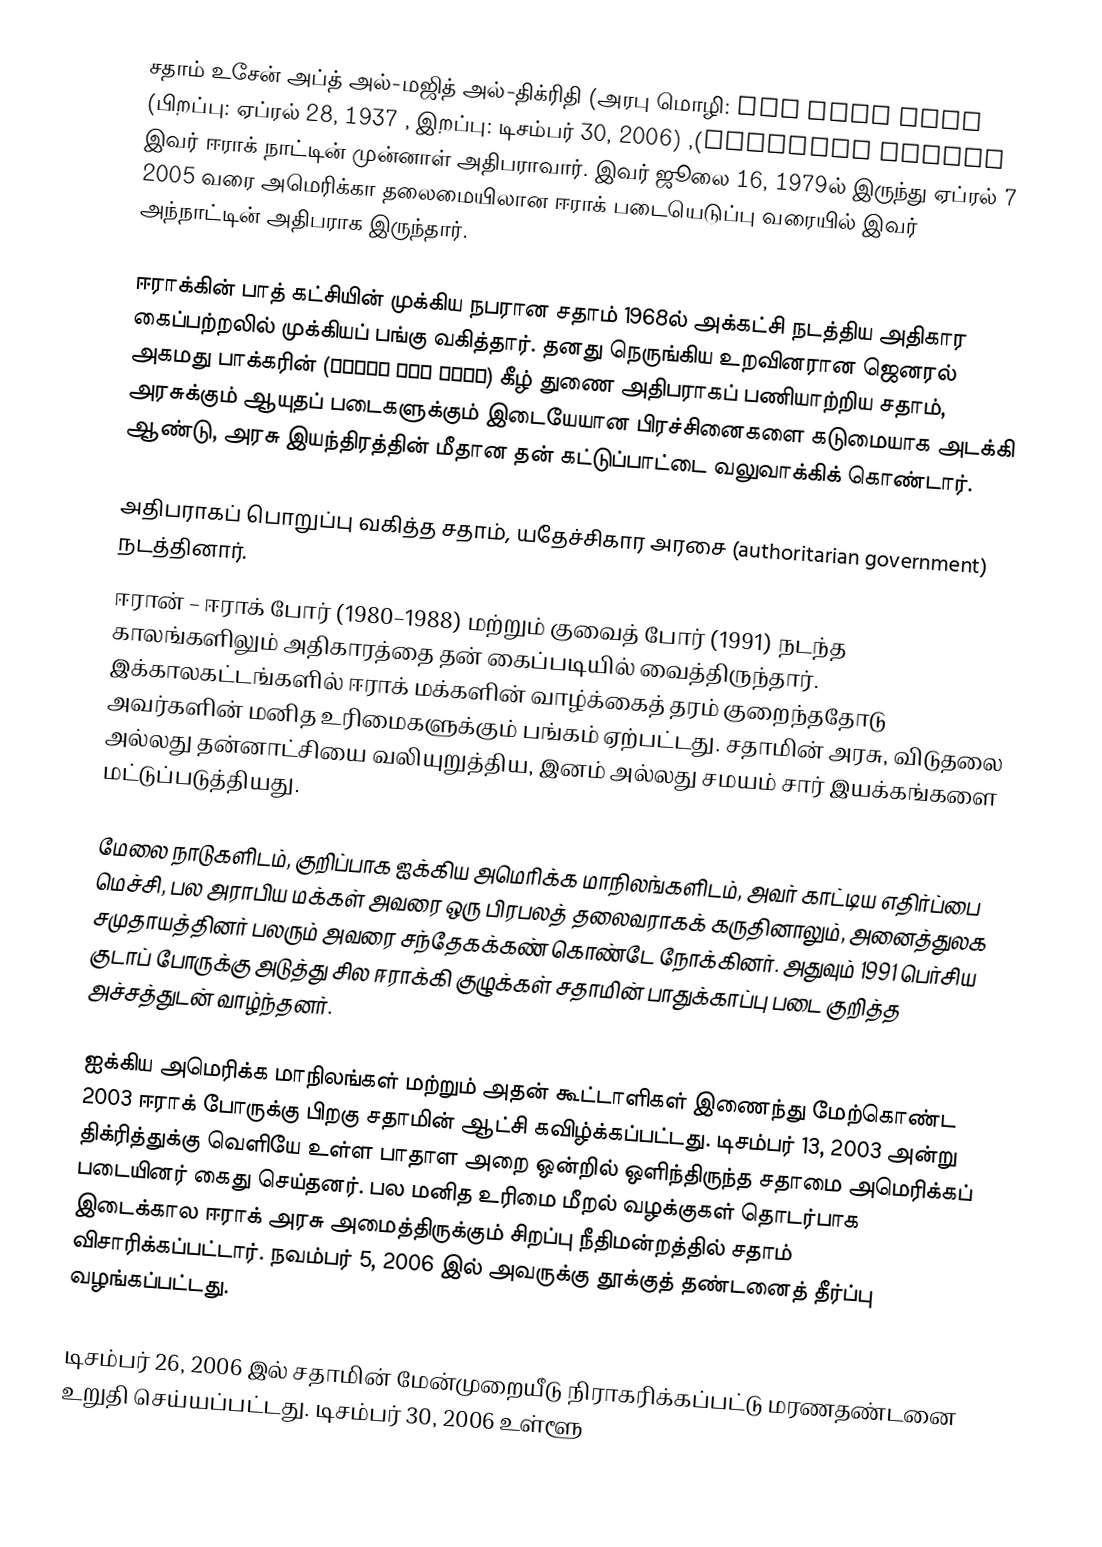
சதாம் உசேன் அப்த் அல்-மஜித் அல்-திக்ரிதி (அரபு மொழி: صدام حسين عبد المجيد التكريتي), (பிறப்பு: ஏப்ரல் 28, 1937 , இறப்பு: டிசம்பர் 30, 2006) இவர் ஈராக் நாட்டின் முன்னாள் அதிபராவார். இவர் ஜூலை 16, 1979ல் இருந்து ஏப்ரல் 7 2005 வரை அமெரிக்கா தலைமையிலான ஈராக் படையெடுப்பு வரையில் இவர் அந்நாட்டின் அதிபராக இருந்தார்.

ஈராக்கின் பாத் கட்சியின் முக்கிய நபரான சதாம்  1968ல் அக்கட்சி நடத்திய அதிகார கைப்பற்றலில் முக்கியப் பங்கு வகித்தார். தனது நெருங்கிய உறவினரான ஜெனரல் அகமது பாக்கரின் (أحمد حسن البكر) கீழ் துணை அதிபராகப் பணியாற்றிய சதாம், அரசுக்கும் ஆயுதப் படைகளுக்கும் இடையேயான பிரச்சினைகளை கடுமையாக அடக்கி ஆண்டு, அரசு இயந்திரத்தின் மீதான தன் கட்டுப்பாட்டை வலுவாக்கிக் கொண்டார்.

அதிபராகப் பொறுப்பு வகித்த சதாம், யதேச்சிகார அரசை (authoritarian government) நடத்தினார்.
ஈரான் – ஈராக் போர்  (1980–1988) மற்றும் குவைத் போர் (1991) நடந்த காலங்களிலும் அதிகாரத்தை தன் கைப்படியில் வைத்திருந்தார். இக்காலகட்டங்களில் ஈராக் மக்களின் வாழ்க்கைத் தரம் குறைந்ததோடு அவர்களின் மனித உரிமைகளுக்கும் பங்கம் ஏற்பட்டது. சதாமின் அரசு, விடுதலை அல்லது தன்னாட்சியை வலியுறுத்திய, இனம் அல்லது சமயம் சார் இயக்கங்களை மட்டுப்படுத்தியது.

மேலை நாடுகளிடம், குறிப்பாக ஐக்கிய அமெரிக்க மாநிலங்களிடம், அவர் காட்டிய எதிர்ப்பை மெச்சி, பல அராபிய மக்கள் அவரை ஒரு பிரபலத் தலைவராகக் கருதினாலும், அனைத்துலக சமுதாயத்தினர் பலரும் அவரை சந்தேகக்கண் கொண்டே நோக்கினர். அதுவும் 1991 பெர்சிய குடாப் போருக்கு அடுத்து சில ஈராக்கி குழுக்கள் சதாமின் பாதுக்காப்பு படை குறித்த அச்சத்துடன் வாழ்ந்தனர்.

ஐக்கிய அமெரிக்க மாநிலங்கள் மற்றும் அதன் கூட்டாளிகள் இணைந்து மேற்கொண்ட 2003 ஈராக் போருக்கு பிறகு சதாமின் ஆட்சி கவிழ்க்கப்பட்டது. டிசம்பர் 13, 2003 அன்று திக்ரித்துக்கு வெளியே உள்ள பாதாள அறை ஒன்றில் ஒளிந்திருந்த சதாமை அமெரிக்கப் படையினர் கைது செய்தனர். பல மனித உரிமை மீறல் வழக்குகள் தொடர்பாக இடைக்கால ஈராக் அரசு அமைத்திருக்கும் சிறப்பு நீதிமன்றத்தில்  சதாம் விசாரிக்கப்பட்டார். நவம்பர் 5, 2006 இல் அவருக்கு தூக்குத் தண்டனைத் தீர்ப்பு வழங்கப்பட்டது.

டிசம்பர் 26, 2006 இல் சதாமின் மேன்முறையீடு நிராகரிக்கப்பட்டு மரணதண்டனை உறுதி செய்யப்பட்டது. டிசம்பர் 30, 2006 உள்ளூ